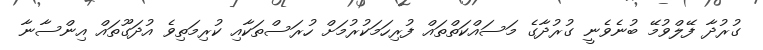
ގުރުދާ ފޭލްވުމޭ ބުނެވެނީ ގުރުދާގެ މަސައްކަތްތައް ފުރިހަމަކުރުމަށް ހުރަސްތަކާއި ކުރިމަތިވެ އުދަގޫތައް އިންސާނާ